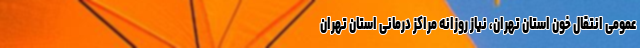
عمومی انتقال خون استان تهران، نیاز روزانه مراکز درمانی استان تهران